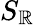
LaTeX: S_{\mathbb{R}}